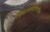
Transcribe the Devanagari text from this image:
विकासवाटचालीचा